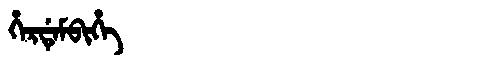
Manchu: ᡥᡝᡵᡩᡝᠮᠪᡳᡥᡝ
Romanization: HERDEMBIHE